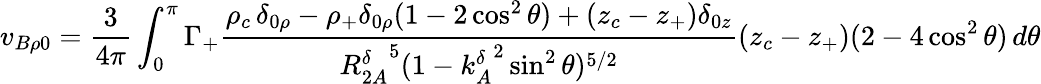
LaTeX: v_{B\rho 0}=\frac{3}{4\pi}\int_{0}^{\pi}\Gamma_{+}\frac{\rho_{c}\, \delta_{0\rho}-\rho_{+}\delta_{0\rho}(1-2\cos^{2}\theta)+(z_{c}-z_{+})\delta_{0z}}{{R_{2A}^{\delta}}^{5}(1-{k_{A}^{\delta}}^{2}\sin^{2}\theta)^{5/2}}(z_{c}-z_{+})(2-4\cos^{2}\theta)\, d\theta